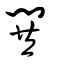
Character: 鬨